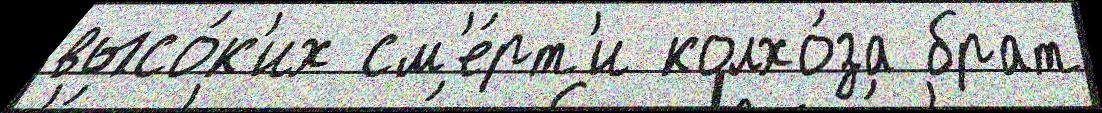
высо́к'их см'е́рт'и колхо́за брат